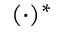
( \cdot ) ^ { * }